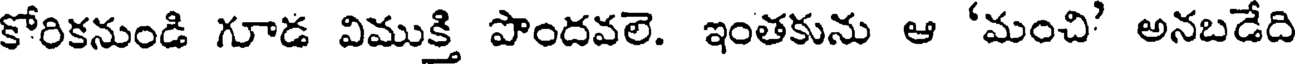
కోరికనుండి గూడ విముక్తి పొందవలె. ఇంతకును ఆ 'మంచి' అనబడేది